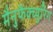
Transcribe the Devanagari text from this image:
मैनुफैक्च्युरिंग